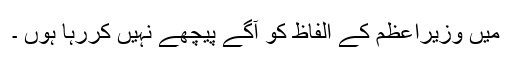
میں وزیراعظم کے الفاظ کو آگے پیچھے نہیں کررہا ہوں ۔